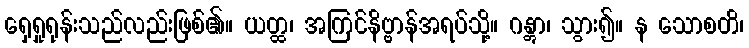
ရှေရှုရုန်းသည်လည်းဖြစ်၏။ ယတ္ထ၊ အကြင်နိဗ္ဗာန်အရပ်သို့။ ဂန္တွာ၊ သွား၍။ န သောစတိ၊